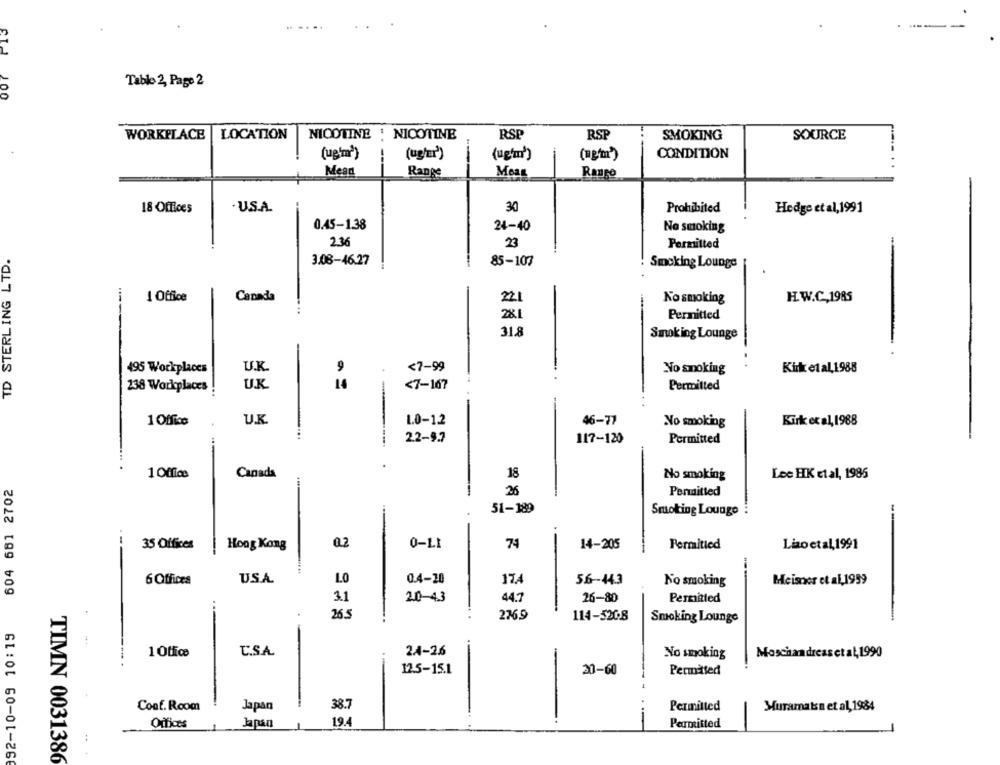
Table 2, Page 2
WORKPLACE |LOCATION
NICOTINE : NICOTINE
RSP
RSP
SMOKING
SOURCE
CONDITION
(ug'm*)
(ughEr')
(ug'm')
Mega
Range
Moss
Rango
30
18 Offices
· US.A.
Prohibited
Hedge et al, 1991
0.45-1.38
24-40
No smoking
2.36
23
Permitted
TD STERLING LTD.
3.08-46.27
85-103
Smoking Lounge
1 Office
Canada
No smoking
H.W.C.1985
-
22
28.1
Permitted
31.8
Smoking Lounge
U.K.
<7-99
495 Workplaces
9
No smoking
Kirk et al, 1988
238 Workplaces
U.K.
14
<7-167
Permitted
1 Office
U.K.
1.0-12
46-77
Kirk et al, 1988
No smoking
2.2-9.7
117-120
Permitted
1 Office
Canada
18
No smoking
Lee HK et al, 1985
604 681 2702
26
Permitted
51-189
Smoking Lounge
0-LI
74
35 Offices
Hong Kong
0.2
14-205
Permitted
Liao et al, 1991
6 Offices
US.A.
LO
0.4-20
17.4
5.6-43
No smoking
Meisner et al, 1959
3.1
2.0-43
44.7
26-80
Permitted
26 5
236.9
114-520.8
Smoking Lounge
992-10-09 10:19
C.S.A.
24-2.6
No smoking
Moschandreas et al, 1990
12.5-15.1
20-60
Permitted
Conf. Room
Japan
38.7
Permitted
Muramatsn et al, 1984
Offices
Japan
19.4
Permitted
TIMN 0031386